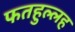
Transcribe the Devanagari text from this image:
फतहुल्लह